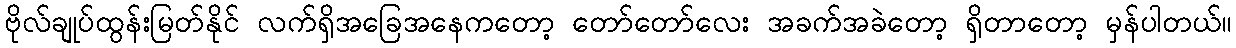
ဗိုလ်ချုပ်ထွန်းမြတ်နိုင် လက်ရှိအခြေအနေကတော့ တော်တော်လေး အခက်အခဲတော့ ရှိတာတော့ မှန်ပါတယ်။